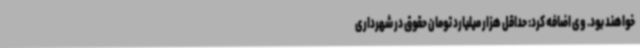
خواهند بود. وی اضافه کرد: حداقل هزار میلیارد تومان حقوق در شهرداری